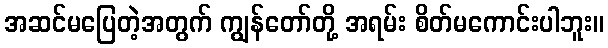
အဆင်မပြေတဲ့အတွက် ကျွန်တော်တို့ အရမ်း စိတ်မကောင်းပါဘူး။